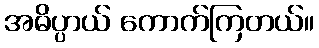
အဓိပ္ပာယ် ကောက်ကြတယ်။